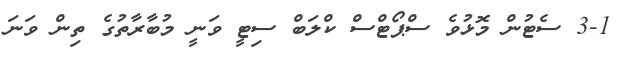
3-1 ސެޓުން މޮޅުވެ ސްޕޯޓްސް ކްލަބް ސިޓީ ވަނީ މުބާރާތުގެ ތިން ވަނަ